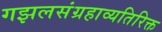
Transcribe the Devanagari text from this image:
गझलसंग्रहाव्यतिरिक्त